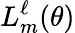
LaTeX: L_{m}^{\ell}(\theta)